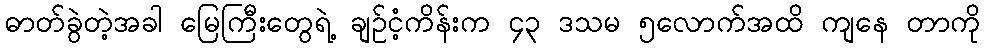
ဓာတ်ခွဲတဲ့အခါ မြေကြီးတွေရဲ့ ချဉ်ငံ့ကိန်းက ၄၃ ဒသမ ၅လောက်အထိ ကျနေ တာကို